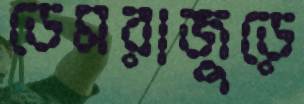
ডেমরাজুড়ে